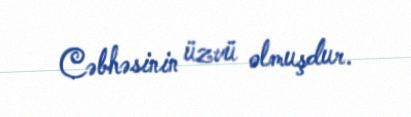
Cəbhəsinin üzvü olmuşdur.